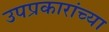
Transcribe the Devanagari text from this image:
उपप्रकारांच्या